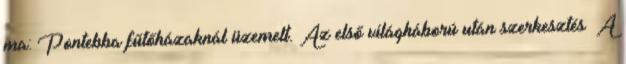
ma: Pontebba fűtőházaknál üzemelt. Az első világháború után szerkesztés A